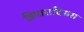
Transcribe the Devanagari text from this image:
त्रिपारादिसस